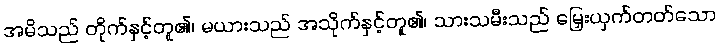
အမိသည် တိုက်နှင့်တူ၏၊ မယားသည် အသိုက်နှင့်တူ၏၊ သားသမီးသည် မြှေးယှက်တတ်သော